Jaan_Tonisson_(Lasteleht), lk 486
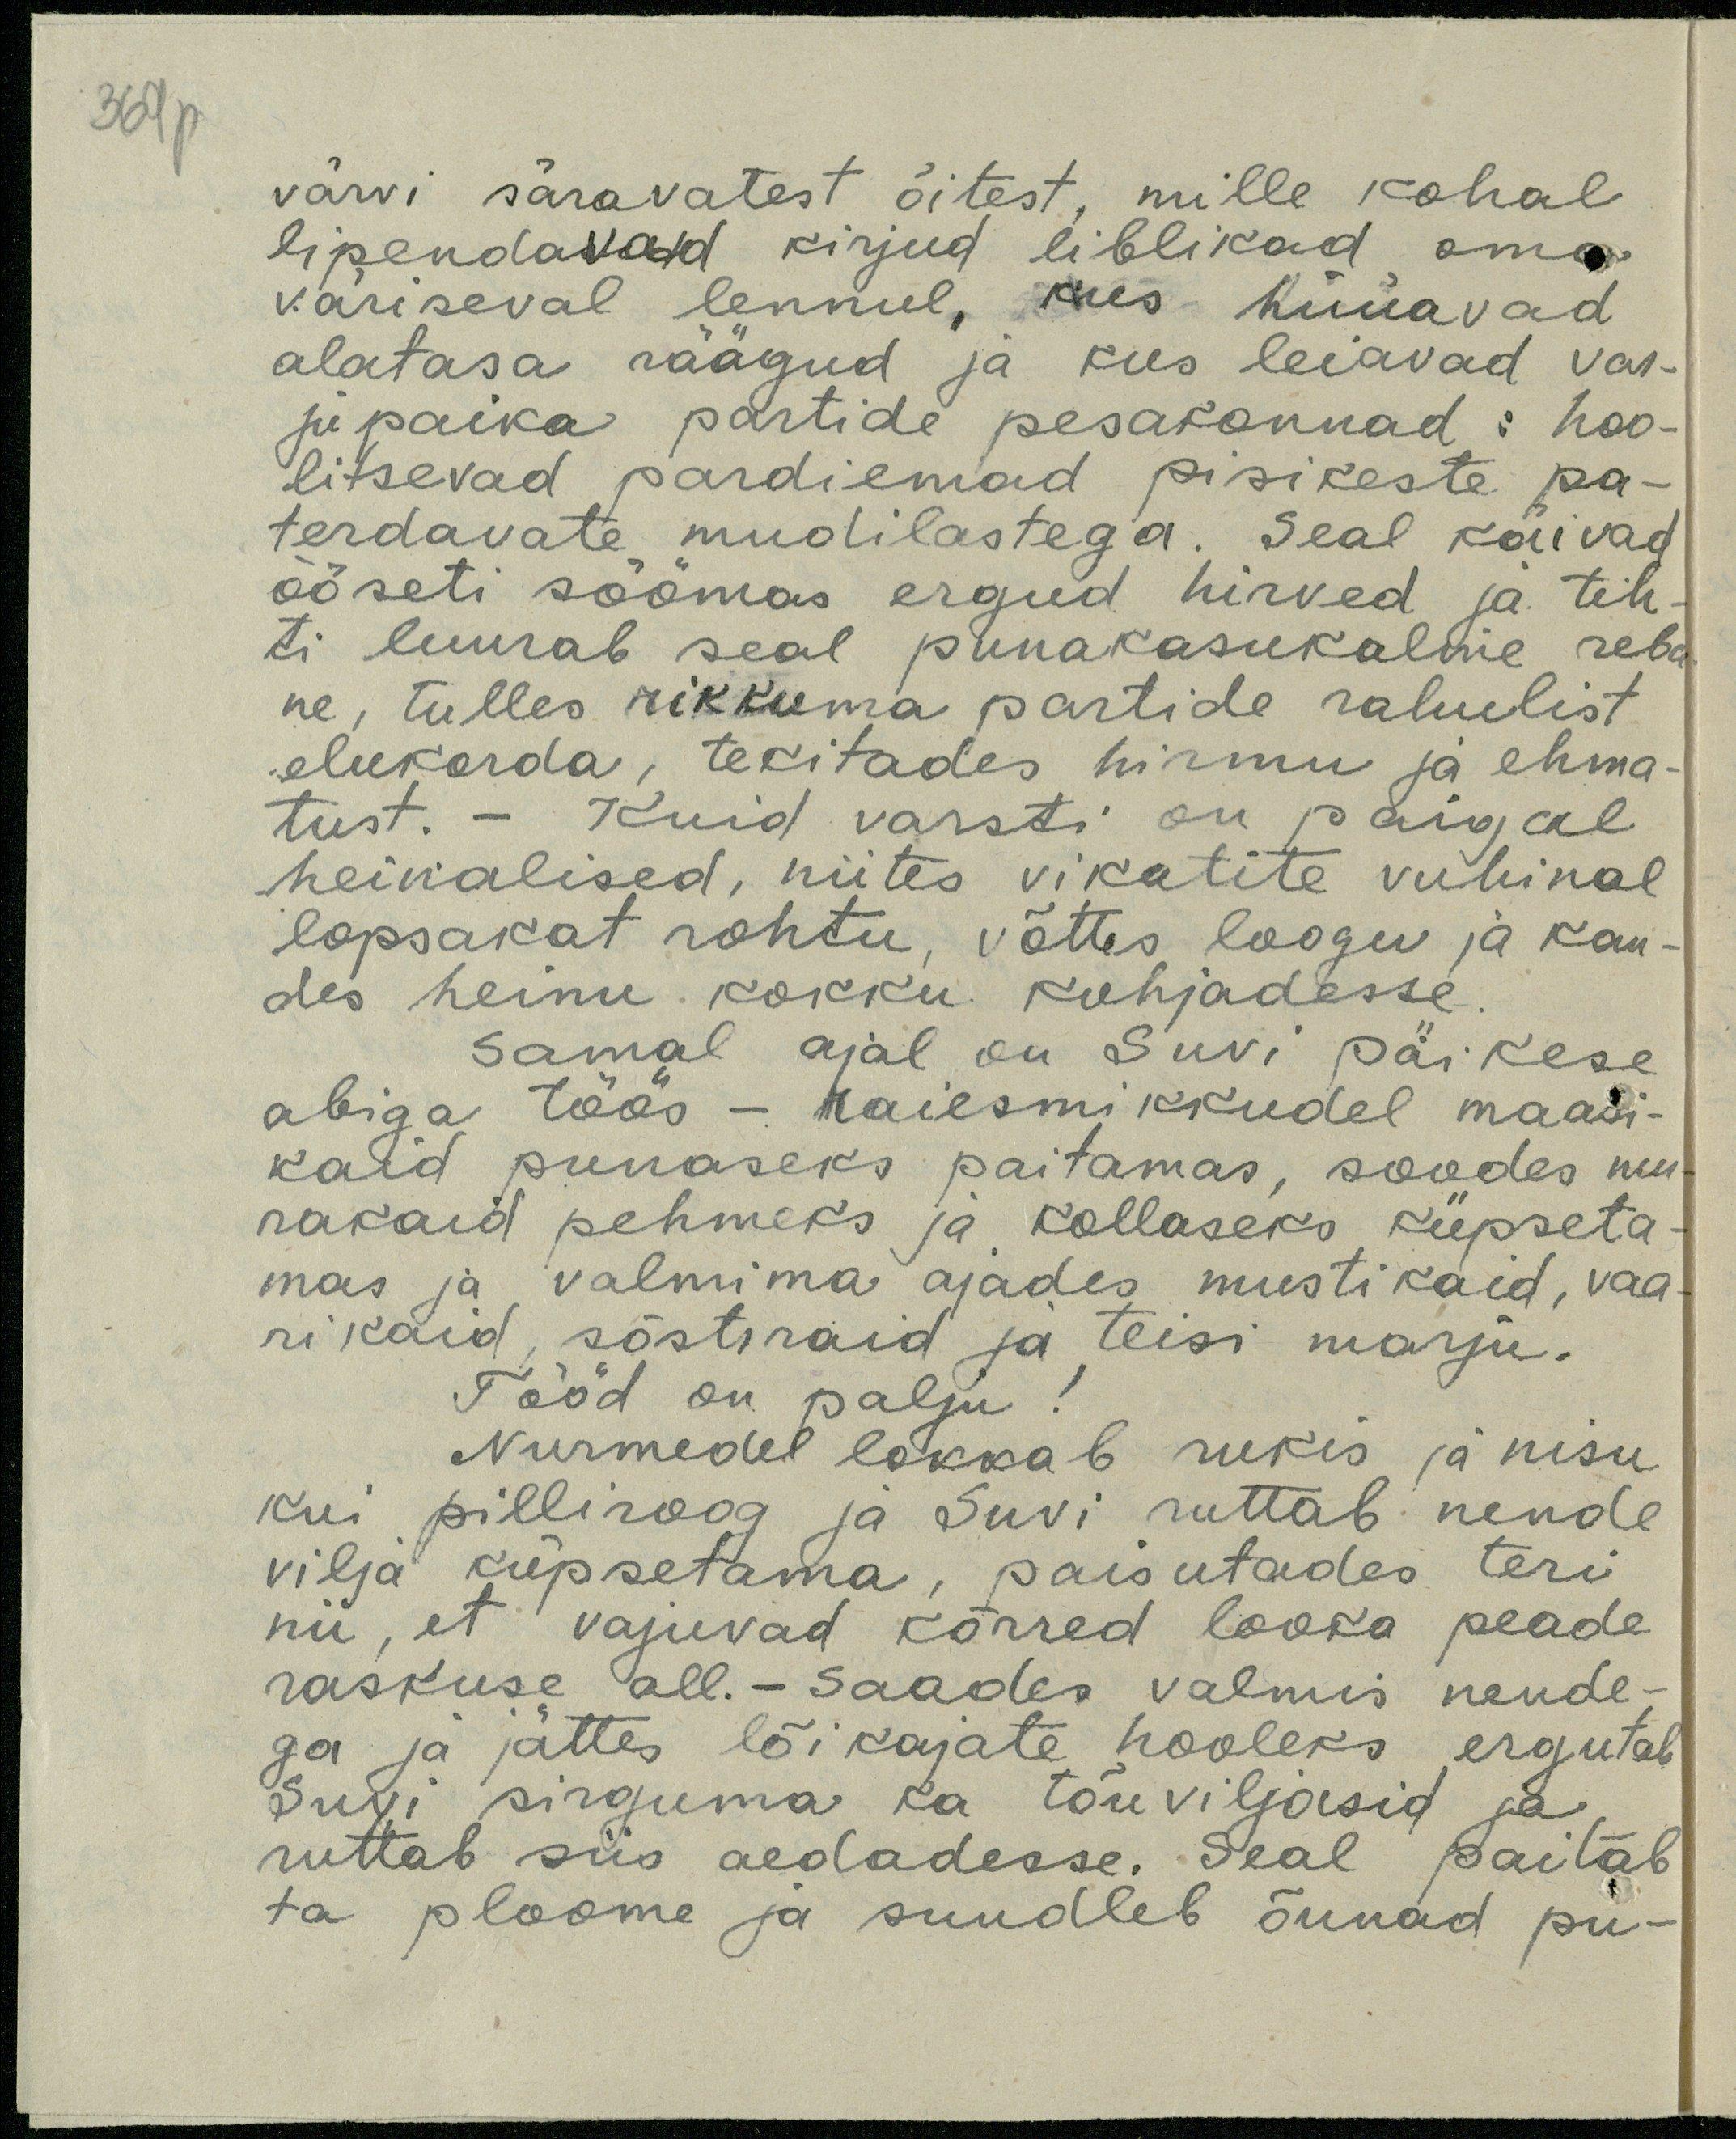
369p

värvi säravatest õitest, mille kohal
lipendavad kirjud liblikad oma
väriseval lennul, kus hüüavad
alatasa räägud ja kus hüüavad var-
jupaika partide pesakonnad : hoo-
litsevad pardiemad pisikeste pa-
terdavate mudilastega. Seal käivad
ööseti söömas ergud hirved ja tih-
ti luurab seal punakasukaline reba-
ne, tulles rikkuma partide rahulist.
elukorda, tekitades hirmu ja ehma-
tust. - Kuid varsti on paigal
heinalised, niites vikatite vihinal
lopsakat rohtu, võttes loogu ja kan-
des heinu kokku kuhjadesse
Samal ajal on Suvi päikese
abiga töös - raiesmikkudel maasi-
kaid punaseks paitamas, soodes mu-
rakaid pehmeks ja kollaseks küpseta-
mas ja valmima ajades mustikaid, vaa-
rikaid, sõstraid ja teisi marju.
Tööd on palju
Nurmedel lokkab rukis ja nisu
kui pilliroog ja Suvi ruttab nende
vilja küpsetama, paisutades teri,
nii, et vajuvad kõrred looka peade
raskuse all.- Saades valmis nende-
ga ja jättes lõikajate hooleks ergutab
Suvi sirguma ka tõuviljasid ja
ruttab siis aedadesse. Seal paitab
ta ploome ja suudleb õunad pu-